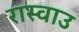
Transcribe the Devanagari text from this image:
रास्वाउ